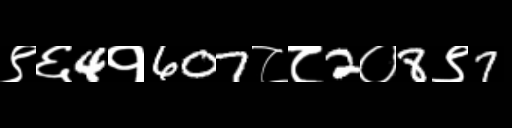
Text: ९६4१607८८2०8९7